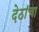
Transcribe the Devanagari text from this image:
देठांचा